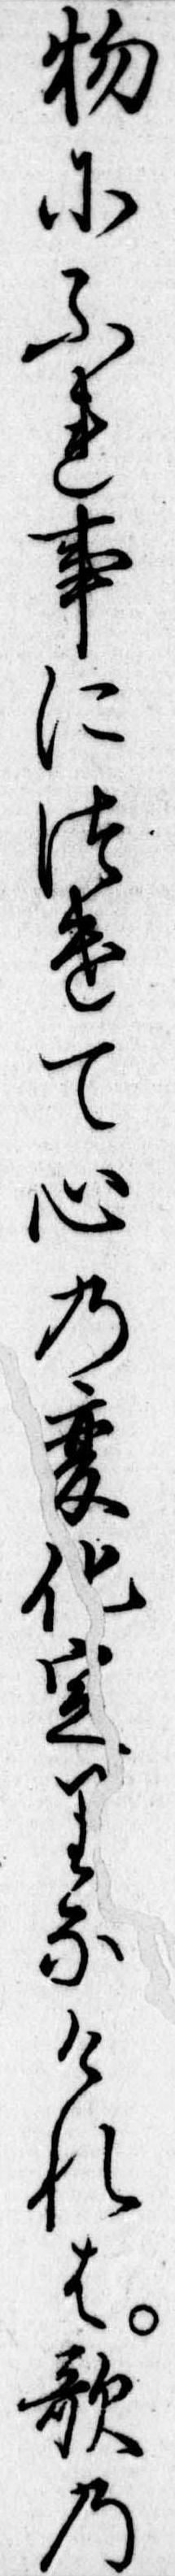
物にふれ事につけて心の変化定りなけれは歌の